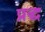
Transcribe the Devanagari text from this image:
प्रद्ध